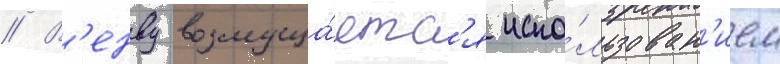
// В'енву возмуща́етс'я испо́льзован'ием